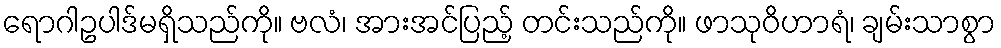
ရောဂါဥပါဒ်မရှိသည်ကို။ ဗလံ၊ အားအင်ပြည့် တင်းသည်ကို။ ဖာသုဝိဟာရံ၊ ချမ်းသာစွာ